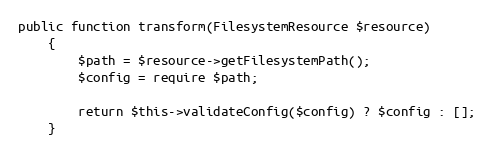
Language: PHP
public function transform(FilesystemResource $resource)
    {
        $path = $resource->getFilesystemPath();
        $config = require $path;

        return $this->validateConfig($config) ? $config : [];
    }